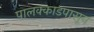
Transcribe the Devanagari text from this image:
पालक्काडपासून